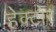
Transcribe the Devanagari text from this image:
हेक्टोर